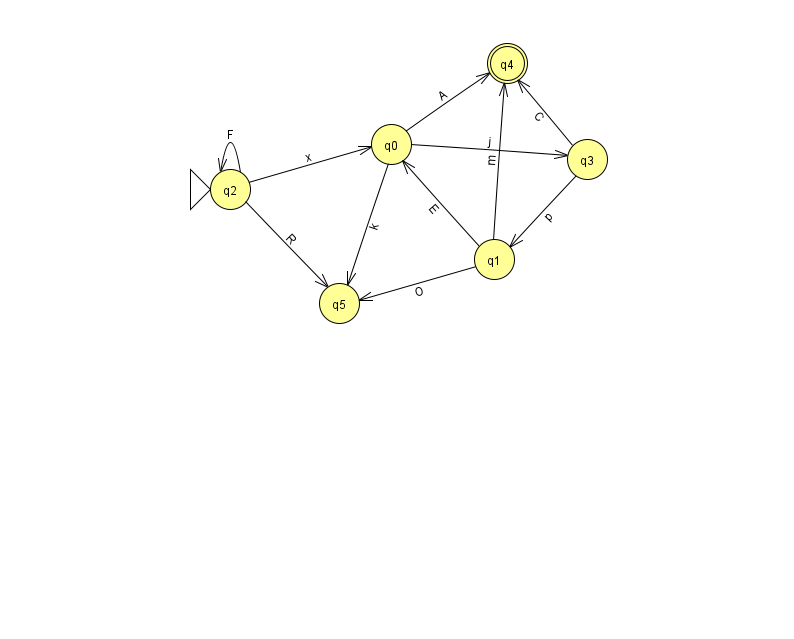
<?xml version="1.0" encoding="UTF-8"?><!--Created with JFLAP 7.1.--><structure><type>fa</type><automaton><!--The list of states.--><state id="0" name="q0"><x>391.0</x><y>131.0</y></state><state id="1" name="q1"><x>494.0</x><y>246.0</y></state><state id="2" name="q2"><x>230.0</x><y>176.0</y><initial/></state><state id="3" name="q3"><x>587.0</x><y>146.0</y></state><state id="4" name="q4"><x>507.0</x><y>50.0</y><final/></state><state id="5" name="q5"><x>339.0</x><y>290.0</y></state><!--The list of transitions.--><transition><from>1</from><to>4</to><read>m</read></transition><transition><from>3</from><to>4</to><read>C</read></transition><transition><from>0</from><to>4</to><read>A</read></transition><transition><from>1</from><to>5</to><read>O</read></transition><transition><from>2</from><to>2</to><read>F</read></transition><transition><from>2</from><to>0</to><read>x</read></transition><transition><from>0</from><to>5</to><read>k</read></transition><transition><from>1</from><to>0</to><read>E</read></transition><transition><from>0</from><to>3</to><read>j</read></transition><transition><from>2</from><to>5</to><read>R</read></transition><transition><from>3</from><to>1</to><read>p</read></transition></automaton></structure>